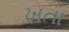
ખતા